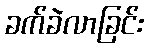
ခက်ခဲလာခြင်း